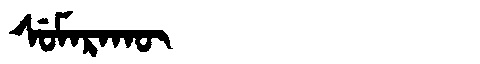
Manchu: ᠰᡠᠮᠠᡵᠠᡴᡡ
Romanization: SUMARAKŪ